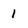
Character: 1